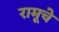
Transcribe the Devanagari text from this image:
रामूचे